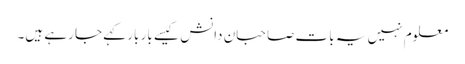
معلوم نہیں یہ بات صاحبان دانش کیسے بار بار کہے جا رہے ہیں۔